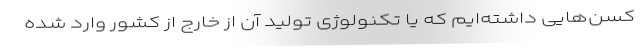
کسن‌هایی داشته‌ایم که یا تکنولوژی تولید آن از خارج از کشور وارد شده